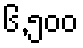
၆,၅၀၀